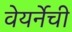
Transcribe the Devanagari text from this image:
वेयर्नेची